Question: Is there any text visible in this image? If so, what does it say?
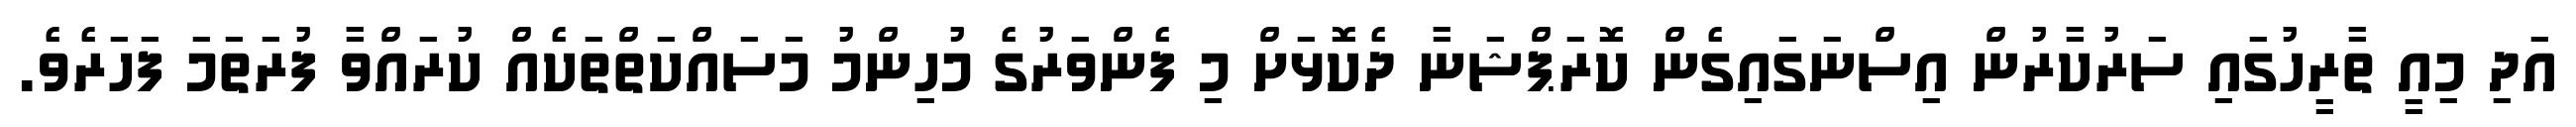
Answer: އަދި މިއީ ތާރީހުގައި ސަރުކާރުން އިސްނަގައިގެން ކޮރަޕްޝަނާ ދެކޮޅަށް މި ފެންވަރުގެ މުހިންމު މަސައްކަތްތަކެއް ކުރައްވާ ފުރަތަމަ ފަހަރެވެ.